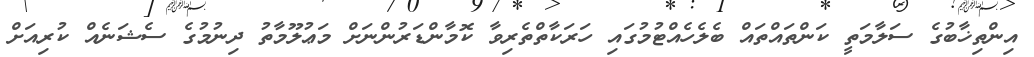
އިންތިޚާބުގެ ސަލާމަތީ ކަންތައްތައް ބެލެހެއްޓުމުގައި ހަރަކާތްތެރިވާ ކޮމާންޑަރުންނަށް މަޢުލޫމާތު ދިނުމުގެ ސެޝަނެއް ކުރިއަށް